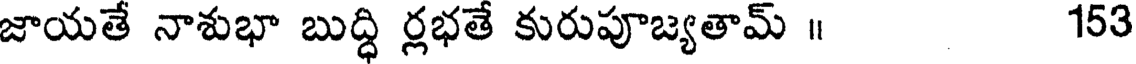
జాయతే నాశుభా బుద్ధి ర్లభతే కురుపూజ్యతామ్ ॥ 153